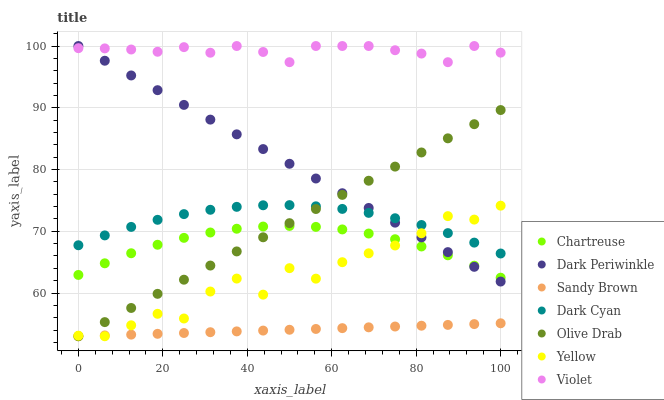
| xaxis_label | Chartreuse | Dark Periwinkle | Sandy Brown | Dark Cyan | Olive Drab | Yellow | Violet |
 | --- | --- | --- | --- | --- | --- | --- | --- |
 | 0 | 62.9 | 100 | 53 | 67.7 | 53 | 53.1 | 99.7 |
 | 6.25 | 64.8 | 97.6 | 53.1 | 69.3 | 55.3 | 53 | 99.6 |
 | 12.5 | 66.4 | 95.2 | 53.3 | 70.7 | 57.6 | 54.8 | 99.4 |
 | 18.8 | 67.8 | 92.8 | 53.4 | 71.9 | 59.9 | 56.6 | 99.1 |
 | 25 | 68.9 | 90.5 | 53.5 | 72.8 | 62.2 | 55.9 | 99.8 |
 | 31.2 | 69.8 | 88.1 | 53.7 | 73.5 | 64.4 | 60.2 | 98.9 |
 | 37.5 | 70.4 | 85.7 | 53.8 | 74 | 66.7 | 62.3 | 100 |
 | 43.8 | 70.8 | 83.3 | 53.9 | 74.2 | 69 | 59.7 | 99 |
 | 50 | 70.9 | 80.9 | 54.1 | 74.2 | 71.3 | 64 | 97.4 |
 | 56.2 | 70.7 | 78.5 | 54.2 | 74 | 73.6 | 62.3 | 100 |
 | 62.5 | 70.3 | 76.2 | 54.3 | 73.6 | 75.9 | 65 | 100 |
 | 68.8 | 69.6 | 73.8 | 54.4 | 73 | 78.2 | 66.4 | 100 |
 | 75 | 68.7 | 71.4 | 54.6 | 72.1 | 80.5 | 67.7 | 99.3 |
 | 81.2 | 67.5 | 69 | 54.7 | 71 | 82.8 | 69.7 | 98.8 |
 | 87.5 | 66.1 | 66.6 | 54.8 | 69.7 | 85.1 | 72.5 | 97.4 |
 | 93.8 | 64.4 | 64.2 | 55 | 68.2 | 87.3 | 71.9 | 100 |
 | 100 | 62.5 | 61.9 | 55.1 | 66.4 | 89.6 | 74.1 | 98.9 |